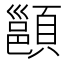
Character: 𩔪